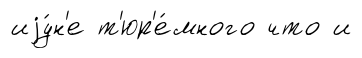
иjу́н'е т'юр'е́много что и